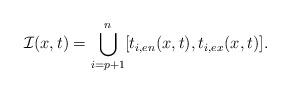
LaTeX: \begin{align*} \mathcal{I}(x,t)=\bigcup_{i=p+1}^{n}[t_{i,en}(x,t),t_{i,ex}(x,t)].\end{align*}